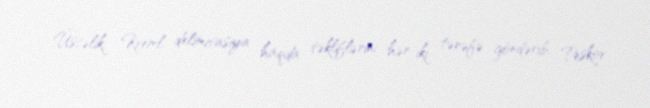
Üstəlik, Kreml delimitasiya haqda təkliflərini hər iki tərəfə göndərib, Peskov